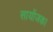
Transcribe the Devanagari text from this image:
सायोंजक।